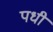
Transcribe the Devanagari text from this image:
पधी